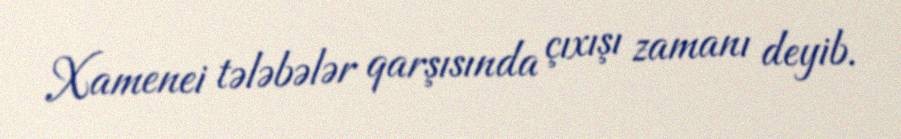
Xamenei tələbələr qarşısında çıxışı zamanı deyib.